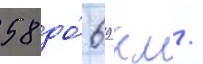
58 до́ 69 км/